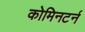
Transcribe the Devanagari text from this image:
कोमिनटर्न